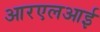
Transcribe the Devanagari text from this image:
आरएलआई